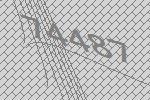
74487